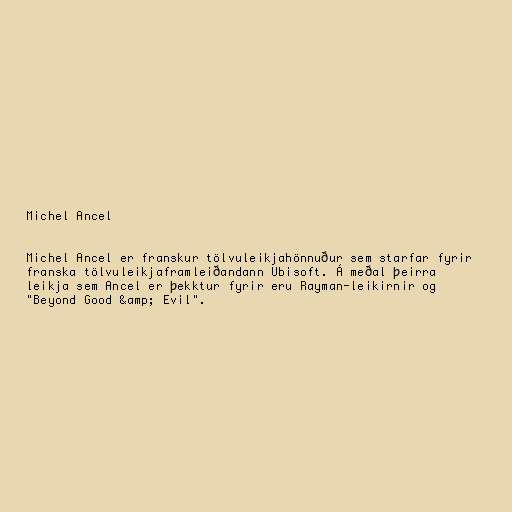
Michel Ancel

Michel Ancel er franskur tölvuleikjahönnuður sem starfar fyrir
franska tölvuleikjaframleiðandann Ubisoft. Á meðal þeirra
leikja sem Ancel er þekktur fyrir eru Rayman-leikirnir og
"Beyond Good &amp; Evil".